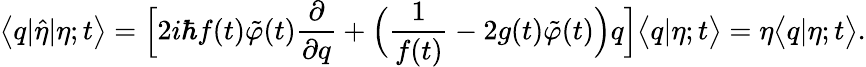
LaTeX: \bigl<q|\hat{\eta}|\eta;t\bigr>=\Bigl[2i\hbar f(t)\tilde{\varphi}(t)\frac{\partial}{\partial q}+\Bigl(\frac{1}{f(t)}-2g(t)\tilde{\varphi}(t)\Bigr)q\Bigr]\bigl<q|\eta;t\bigr>=\eta\bigl<q|\eta;t\bigr>.